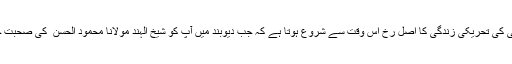
مولانا سندھی کی تحریکی زندگی کا اصل رخ اس وقت سے شروع ہوتا ہے کہ جب دیوبند میں آپ کو شیخ الہند مولانا محمود الحسن ؒ کی صحبت حاصل ہوئی۔